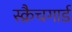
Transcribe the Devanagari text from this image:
स्क्रैचगार्ड